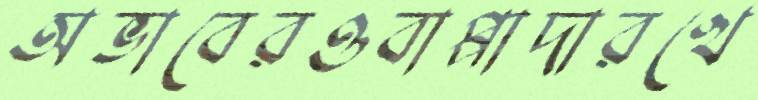
অভাবেরওবাপ্পাদারখে